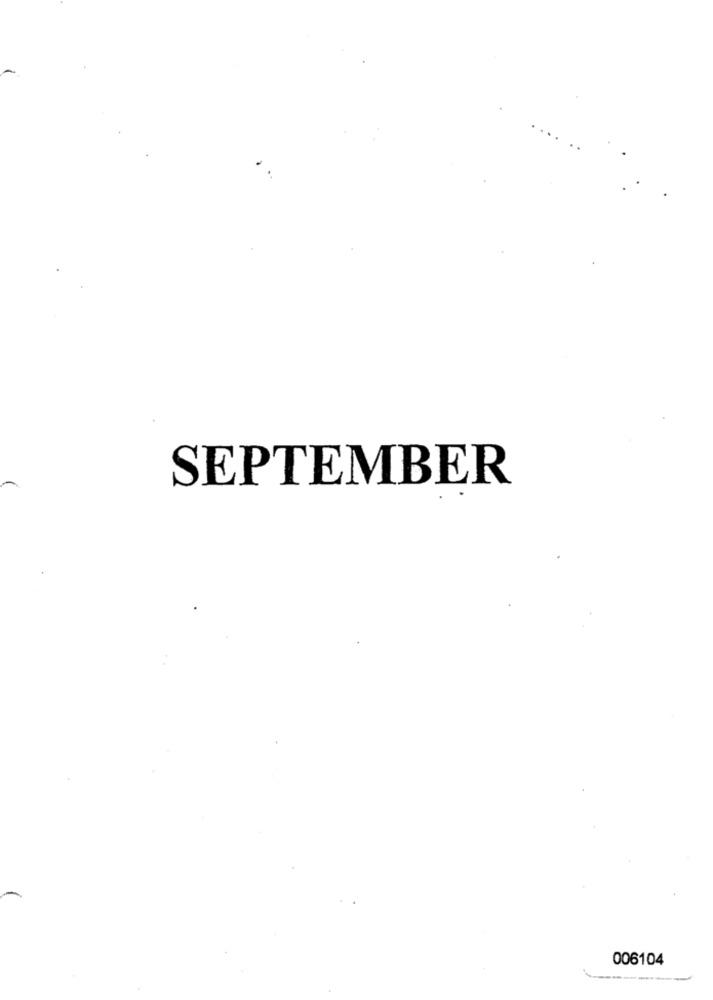
SEPTEMBER
006104